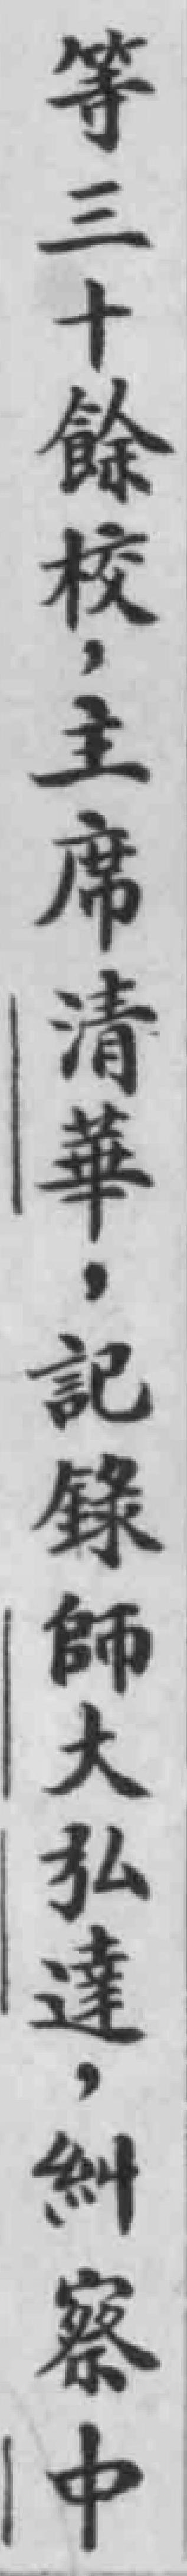
等三十餘校，主席清華，記錄師大弘達，糾察中